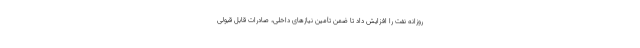
روزانه نفت را افزایش داد تا ضمن تأمین نیازهای داخلی، صادرات قابل قبولی